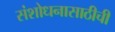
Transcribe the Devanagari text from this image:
संशोधनासाठीची